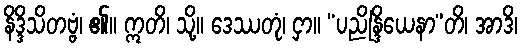
နိဒ္ဒိသိတဗ္ဗံ၊ ၏။ ဣတိ၊ သို့။ ဒေဿတုံ၊ ငှာ။ “ပညိန္ဒြိယေနာ”တိ၊ အာဒိ၊